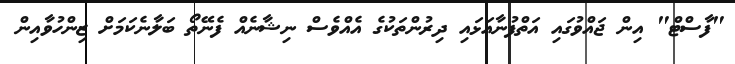
"ފާސްޓް" އިން ޖައްވުގައި އަތްފުނާއަޅައި ދިރުންތަކުގެ އެއްވެސް ނިޝާނެއް ފެނޭތޯ ބަލާނެކަމަށް ޒިންހުވާއިން